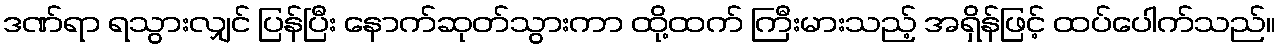
ဒဏ်ရာ ရသွားလျှင် ပြန်ပြီး နောက်ဆုတ်သွားကာ ထို့ထက် ကြီးမားသည့် အရှိန်ဖြင့် ထပ်ပေါက်သည်။